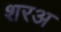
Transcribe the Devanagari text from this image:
शरअ